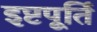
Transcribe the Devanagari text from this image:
इष्टपूर्ति